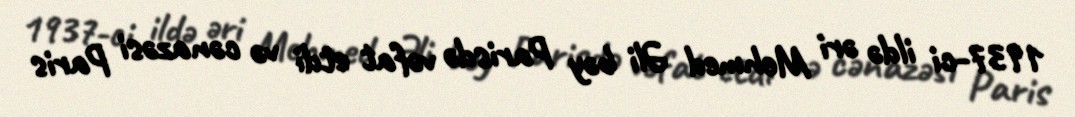
1937-ci ildə əri Mehmed Əli bəy Parisdə vəfat etdi və cənazəsi Paris